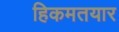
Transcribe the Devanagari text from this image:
हिकमतयार